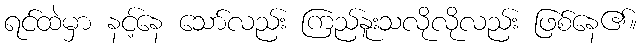
ရင်ထဲမှာ နင့်နေ သော်လည်း ကြည်နူးသလိုလိုလည်း ဖြစ်နေ၏။